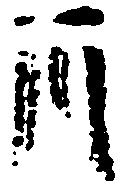
月